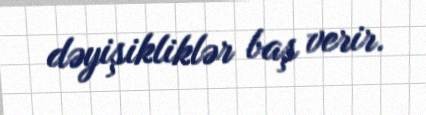
dəyişikliklər baş verir.